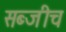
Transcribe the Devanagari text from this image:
सब्जीच